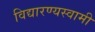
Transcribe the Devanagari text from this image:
विद्यारण्यस्वामी